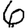
Digit: 6